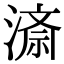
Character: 𭲍